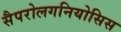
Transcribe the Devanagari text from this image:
सैपरोलगनियोसिस